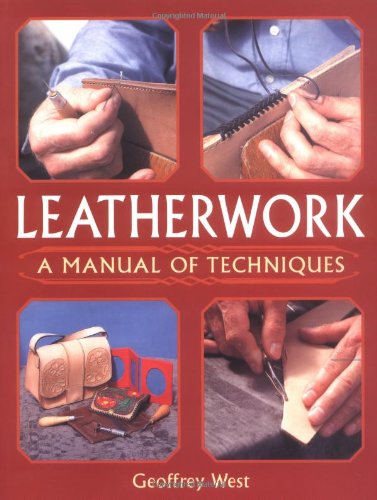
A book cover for Leatherwork: A Manual of Techniques; Geoffrey West; Crafts, Hobbies & Home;